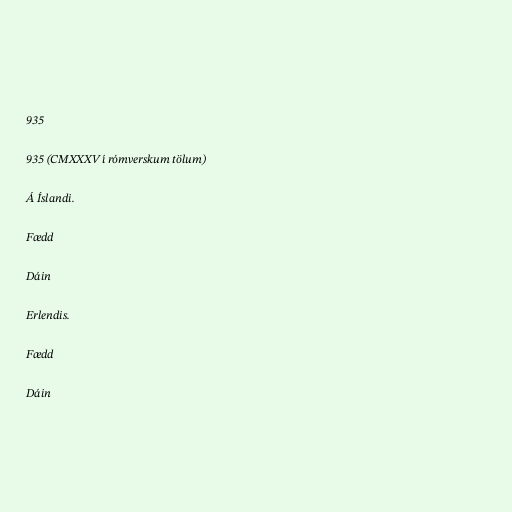
935

935 (CMXXXV í rómverskum tölum)

Á Íslandi.

Fædd

Dáin

Erlendis.

Fædd

Dáin